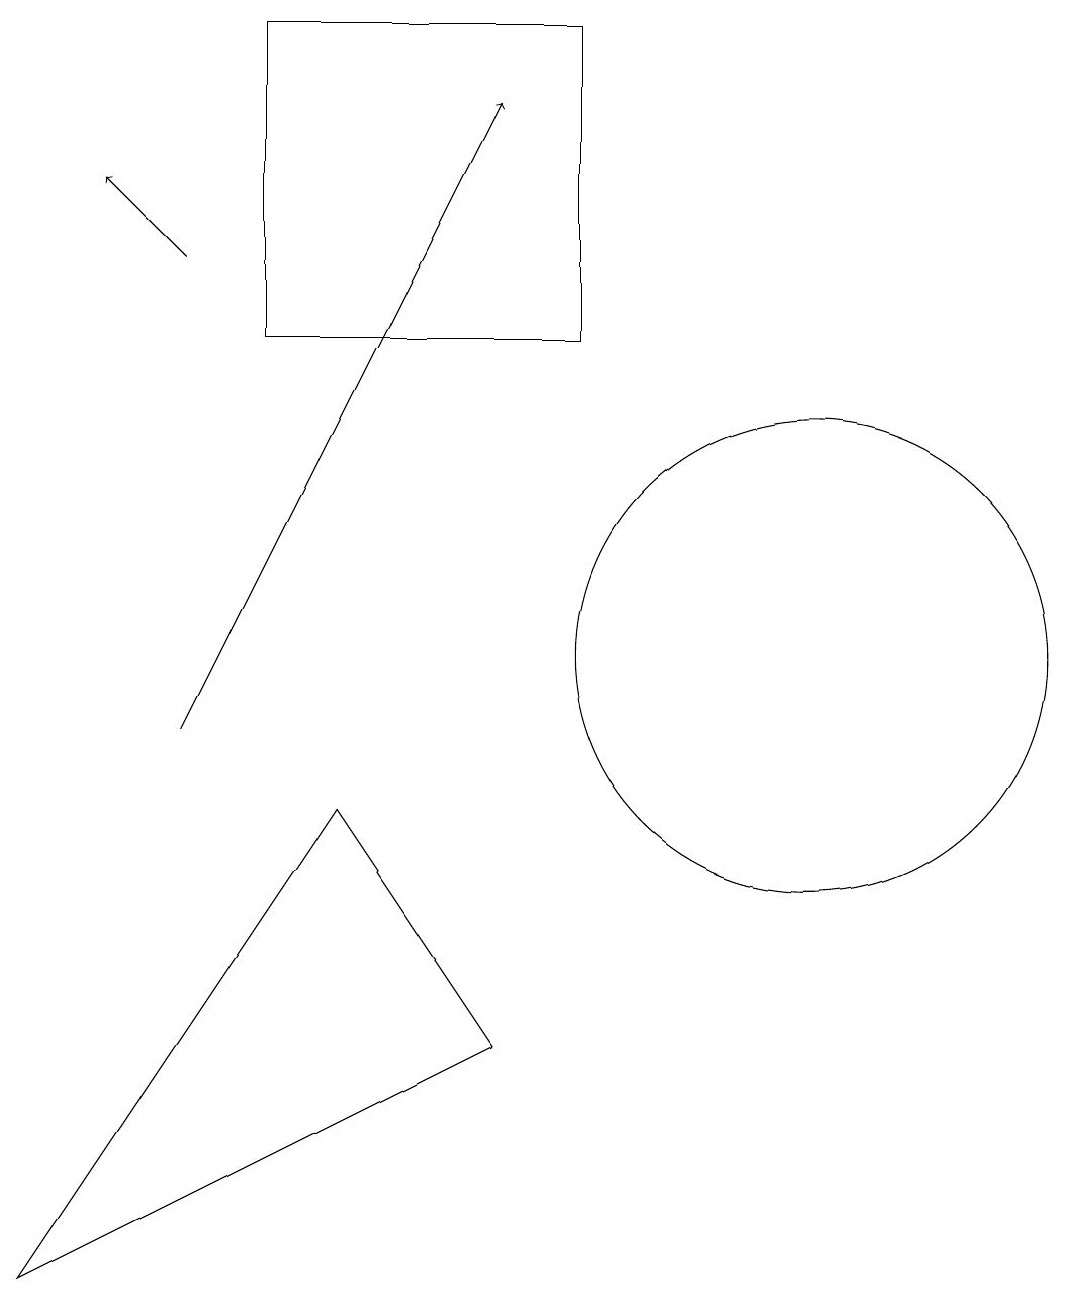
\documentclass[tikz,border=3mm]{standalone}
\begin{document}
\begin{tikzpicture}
\draw (0,3) -- (4,9) -- (6,6) -- cycle;
\draw (7,19) rectangle (3,15);
\draw[->] (2,10) -- (6,18);
\draw (10,11) circle (3);
\draw[->] (2,16) -- (1,17);
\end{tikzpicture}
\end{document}